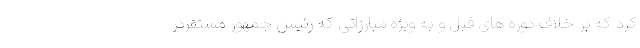
کرد که بر خلاف دوره های قبل و به ویژه مبارزاتی که رئیس جمهور مستقردر